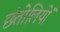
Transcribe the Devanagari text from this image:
छंतोलियों